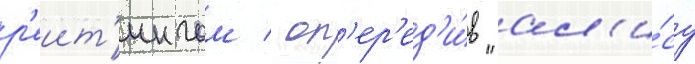
р'еит'ингом / оп'ер'ед'и́в "ал'и́су